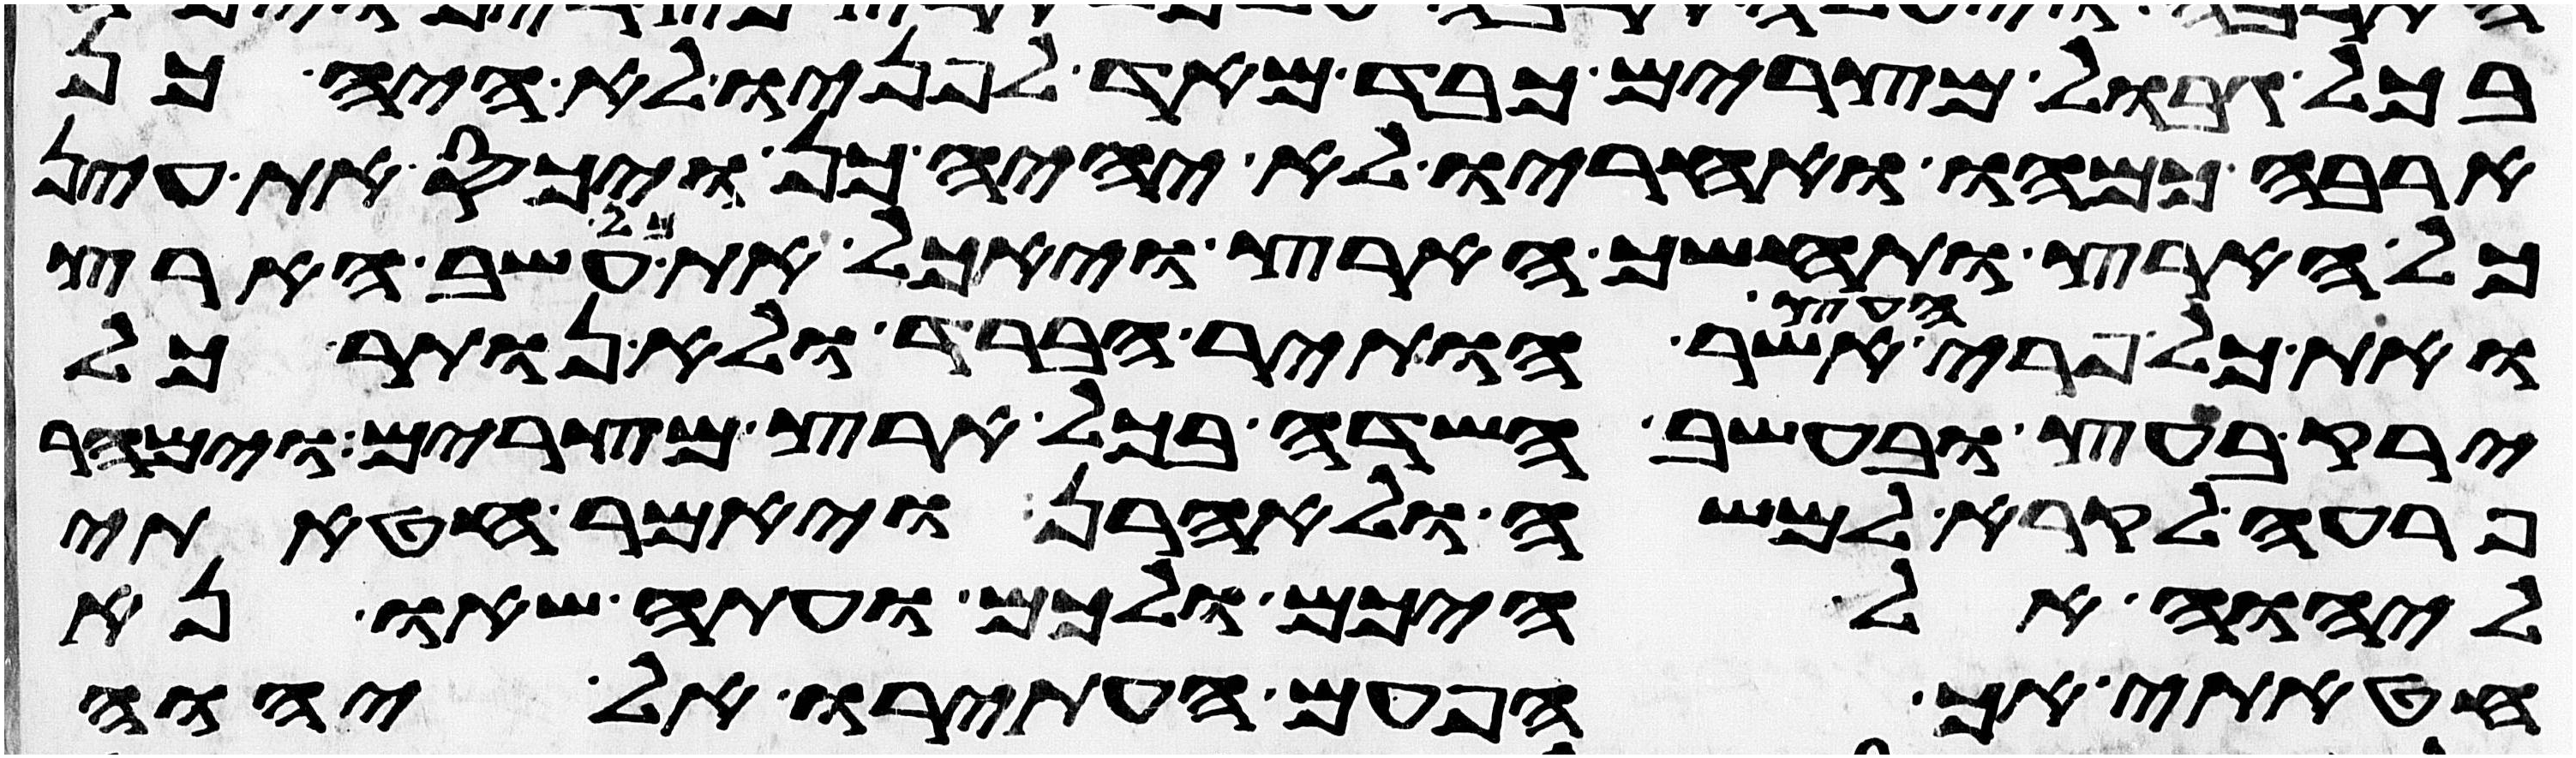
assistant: בכל גבול מצרים כבד מאד לפניו לא היה כן
ארבה כמהו ואחריו לא יהיה כן ויכס את עין
כל הארץ ותחשך הארץ ויאכל את כל עשב הארץ
ואת כל פרי העץ אשר הותיר הברד ולא נותר כל
ירק בעץ ובעשב השדה בכל ארץ מצרים וימהר
פרעה לקרא למשה ולאהרן ויאמר חטאתי
ליהוה אלהיכם ולכם ועתה שאו נא
חטאתי אך הפעם העתירו אל יהוה